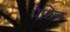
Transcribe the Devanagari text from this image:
पैटिन